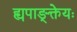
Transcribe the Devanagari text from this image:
ह्यपाङ्क्तेयः